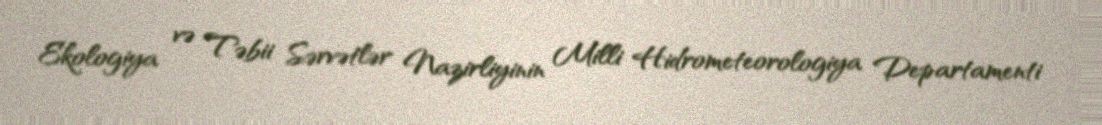
Ekologiya və Təbii Sərvətlər Nazirliyinin Milli Hidrometeorologiya Departamenti